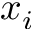
x _ { i }